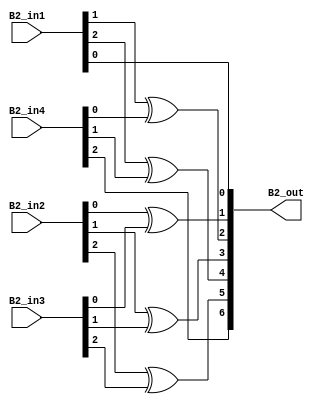
`timescale 1ns / 1ps
//////////////////////////////////////////////////////////////////////////////////
// Company: 
// Engineer: 
// 
// Design Name: 
// Module Name: overlap_module_4bit
// Project Name: 
// Target Devices: 
// Tool Versions: 
// Description: 
// 
// Dependencies: 
// 
// Revision:
// Revision 0.01 - File Created
// Additional Comments:
// 
//////////////////////////////////////////////////////////////////////////////////


module overlap_module_4bit(
    B2_in1,
    B2_in2,
    B2_in3,
    B2_in4,
    B2_out
    );


parameter n = 4;
    
input [n-2:0] B2_in1;    
input [n-2:0] B2_in2;    
input [n-2:0] B2_in3;
input [n-2:0] B2_in4;

output [2*n-2:0] B2_out;


assign B2_out[0] = B2_in1[0];

assign B2_out[2] = B2_in1[1]^B2_in4[0];

assign B2_out[1] = B2_in2[0]^B2_in3[0];

assign B2_out[3] = B2_in2[1]^B2_in3[1];

assign B2_out[5] = B2_in2[2]^B2_in3[2];

assign B2_out[4] = B2_in1[2]^B2_in4[1];

assign B2_out[6] = B2_in4[2];

    
endmodule